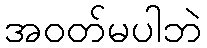
အဝတ်မပါဘဲ